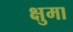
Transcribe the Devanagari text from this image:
क्षुमा